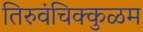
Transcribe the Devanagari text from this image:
तिरुवंचिक्कुळम